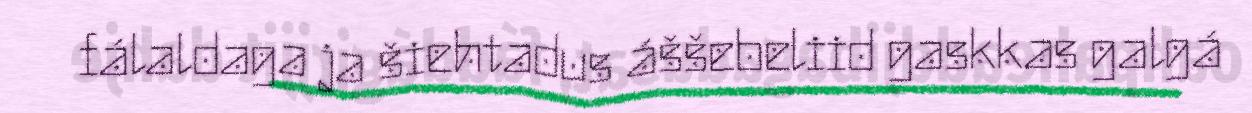
fálaldaga ja šiehtadus áššebeliid gaskkas galgá